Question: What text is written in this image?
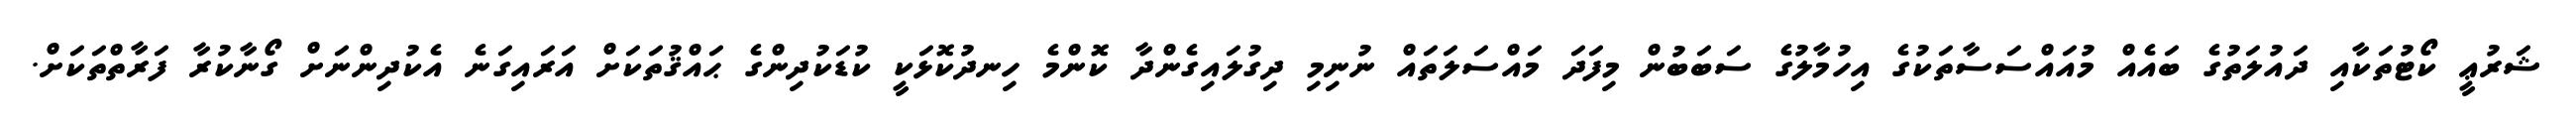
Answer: ޝަރުޢީ ކޯޓުތަކާއި ދައުލަތުގެ ބައެއް މުއައްސަސާތަކުގެ އިހުމާލުގެ ސަބަބުން މިފަދަ މައްސަލަތައް ނުނިމި ދިގުލައިގެންދާ ކޮންމެ ހިނދުކޮޅަކީ ކުޑަކުދިންގެ ޙައްޤުތަކަށް އަރައިގަނެ އެކުދިންނަށް ގޯނާކުރާ ފަރާތްތަކަށް.